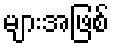
များအဖြစ်